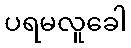
ပရမလူခေါ